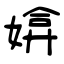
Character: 媕